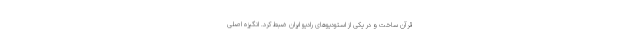
قرآن ساخت و در یکی از استودیوهای رادیو ایران ضبط کرد. انگیزهٔ اصلی